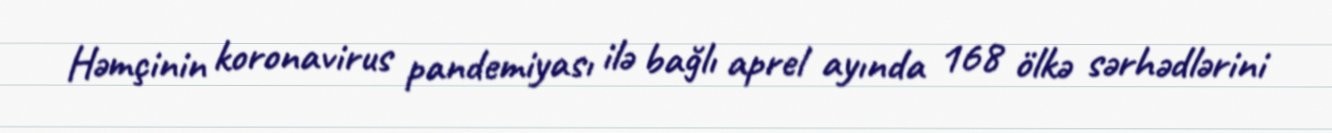
Həmçinin koronavirus pandemiyası ilə bağlı aprel ayında 168 ölkə sərhədlərini